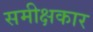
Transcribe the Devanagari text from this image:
समीक्षकार